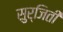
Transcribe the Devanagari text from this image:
सुर्जिती